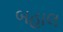
બહાલ